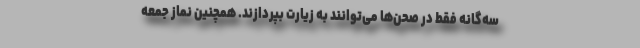
سه‌گانه فقط در صحن‌ها می‌توانند به زیارت بپردازند. همچنین نماز جمعه